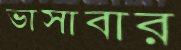
ভাসাবার